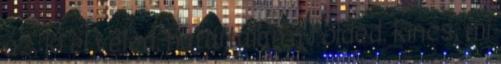
az, ki él veled, határtalan a földed. kincs, mi